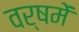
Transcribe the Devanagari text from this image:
वर्षमें